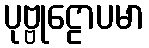
ပုဗ္ဗုဠောပမာ